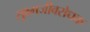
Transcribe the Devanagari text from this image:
सूक्ष्मजीवरोधक